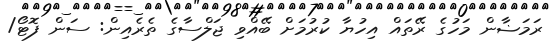
ރަމަޟާން މަހުގެ ރޭތައް އިހުޔާ ކުރުމަށް ބޭއްވި ޖަލްސާގެ ތެރެއިން: ސަން ފޮޓޯ/